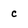
Character: c